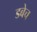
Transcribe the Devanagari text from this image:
डबेच